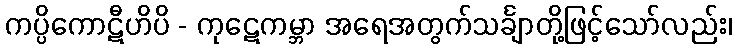
ကပ္ပိကောဋီဟိပိ - ကုဋေကမ္ဘာ အရေအတွက်သင်္ချာတို့ဖြင့်သော်လည်း၊